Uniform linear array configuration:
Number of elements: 8
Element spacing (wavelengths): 0.25
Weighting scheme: kaiser
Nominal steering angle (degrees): -60
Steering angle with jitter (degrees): -59.553
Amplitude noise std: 0.05
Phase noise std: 0.05

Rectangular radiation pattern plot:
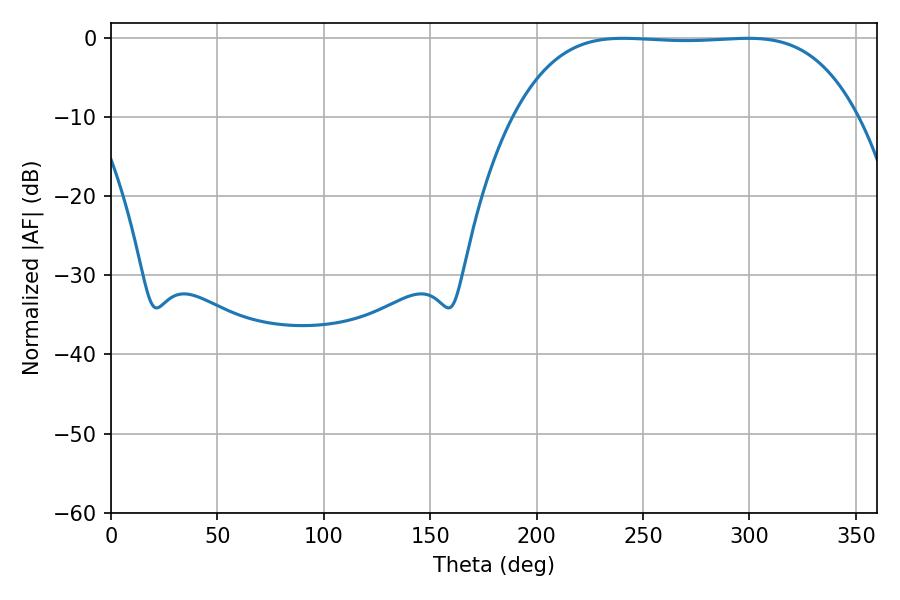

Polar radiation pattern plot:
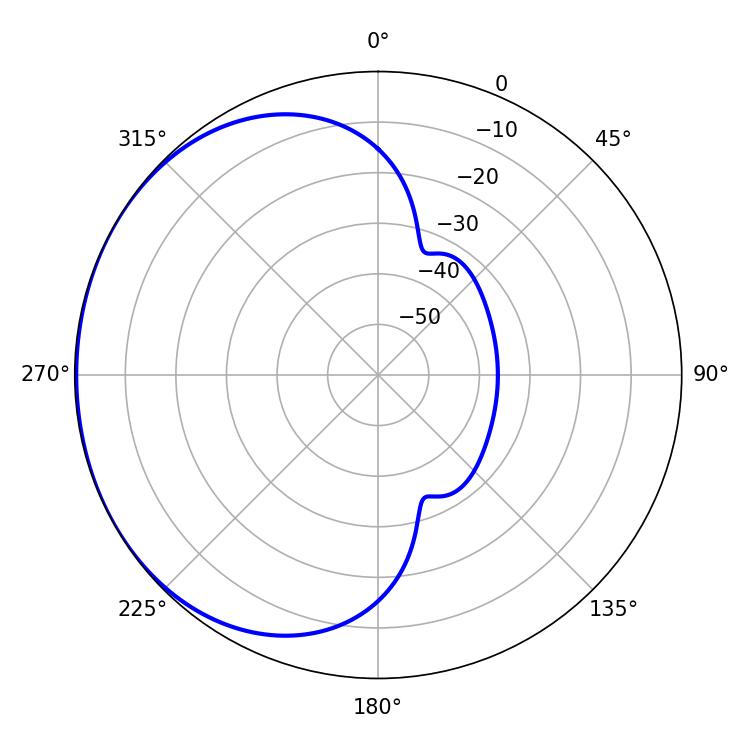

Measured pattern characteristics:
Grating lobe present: FALSE
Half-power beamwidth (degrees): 124.56
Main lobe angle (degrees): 240.66